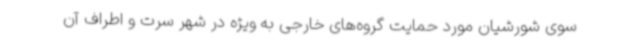
سوی شورشیان مورد حمایت گروه‌های خارجی به ویژه در شهر سرت و اطراف آن